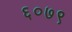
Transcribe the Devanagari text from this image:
६०७९